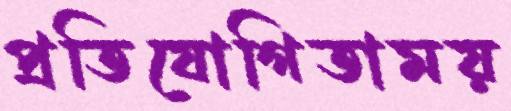
প্রতিযোগিতাময়